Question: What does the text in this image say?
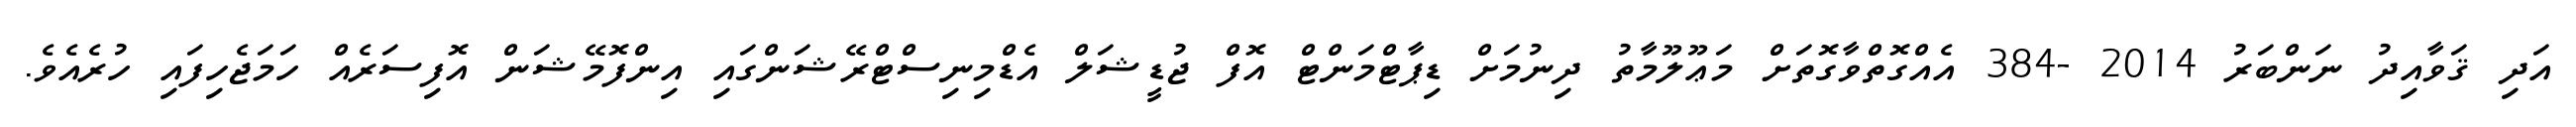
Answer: އަދި ޤަވާއިދު ނަންބަރު 2014 -384 އެއްގޮތްވާގޮތަށް މަޢޫލޫމާތު ދިނުމަށް ޑިޕާޓްމަންޓް އޮފް ޖުޑީޝަލް އެޑްމިނިސްޓްރޭޝަންގައި އިންފޮމޭޝަން އޮފިސަރެއް ހަމަޖެހިފައި ހުރެއެވެ.